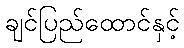
ချင်ပြည်ထောင်နှင့်